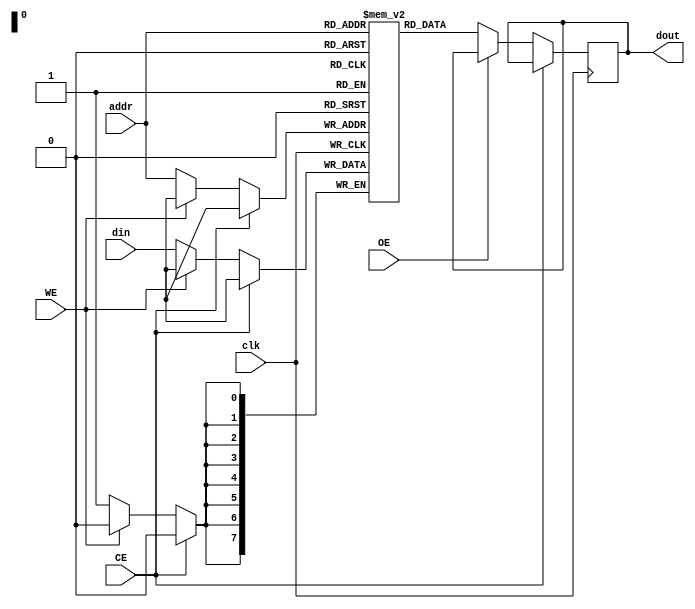
module eSRAM #(parameter WIDTH = 8, parameter DEPTH = 256) (
    input wire clk,          // System Clock
    input wire CE,          // Chip Enable
    input wire WE,          // Write Enable
    input wire OE,          // Output Enable
    input wire [7:0] addr,  // 8-bit address input
    input wire [WIDTH-1:0] din, // Data input for write operations
    output reg [WIDTH-1:0] dout // Data output for read operations
);

    reg [WIDTH-1:0] memory [0:DEPTH-1]; // Memory Array

    always @(posedge clk) begin
        if (!CE) begin
            if (!WE) begin
                // Write Operation
                memory[addr] <= din;
            end
            if (!OE) begin
                // Read Operation
                dout <= memory[addr];
            end
        end
    end

endmodule